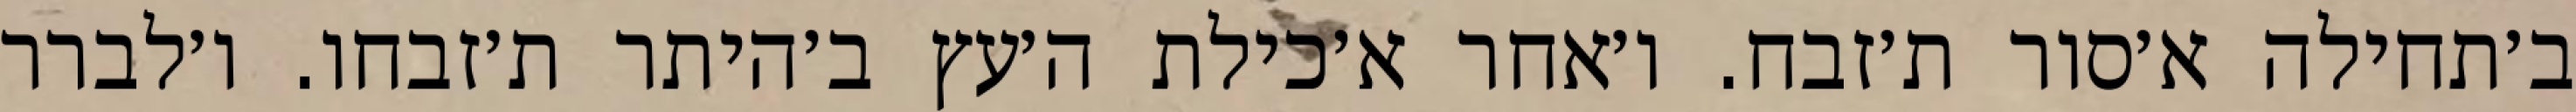
ב׳תחילה א׳סור ת׳זבח. ו׳אחר א׳כילת ה׳עץ ב׳היתר ת׳זבחו. ו׳לברר